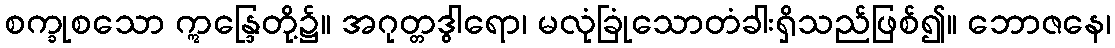
စက္ခုစသော ဣန္ဒြေတို့၌။ အဂုတ္တဒွါရော၊ မလုံခြုံသောတံခါးရှိသည်ဖြစ်၍။ ဘောဇနေ၊